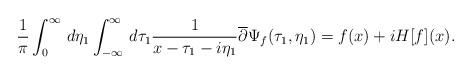
LaTeX: \begin{align*}\frac{1}{\pi}\int_{0}^{\infty}\,d\eta_1\int_{-\infty}^{\infty}\,d\tau_1 \frac{1}{x-\tau_1-i\eta_1}\overline{\partial}\Psi_{f}(\tau_1,\eta_1) = f(x)+iH[f](x). \end{align*}